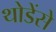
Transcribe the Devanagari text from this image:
थोडेंसे